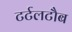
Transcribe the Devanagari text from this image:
टर्टलटौब